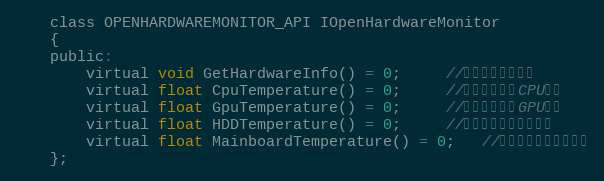
Language: C
    class OPENHARDWAREMONITOR_API IOpenHardwareMonitor
    {
    public:
        virtual void GetHardwareInfo() = 0;     //获取一次硬件信息
        virtual float CpuTemperature() = 0;     //返回获取到的CPU温度
        virtual float GpuTemperature() = 0;     //返回获取到的GPU温度
        virtual float HDDTemperature() = 0;     //返回获取到的硬盘温度
        virtual float MainboardTemperature() = 0;   //返回获取到的主板温度
    };